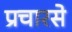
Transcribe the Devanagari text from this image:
प्रचारसे